Senior Leaving Certificate Examination (including Day School Certificate (Higher) General paper), 1948
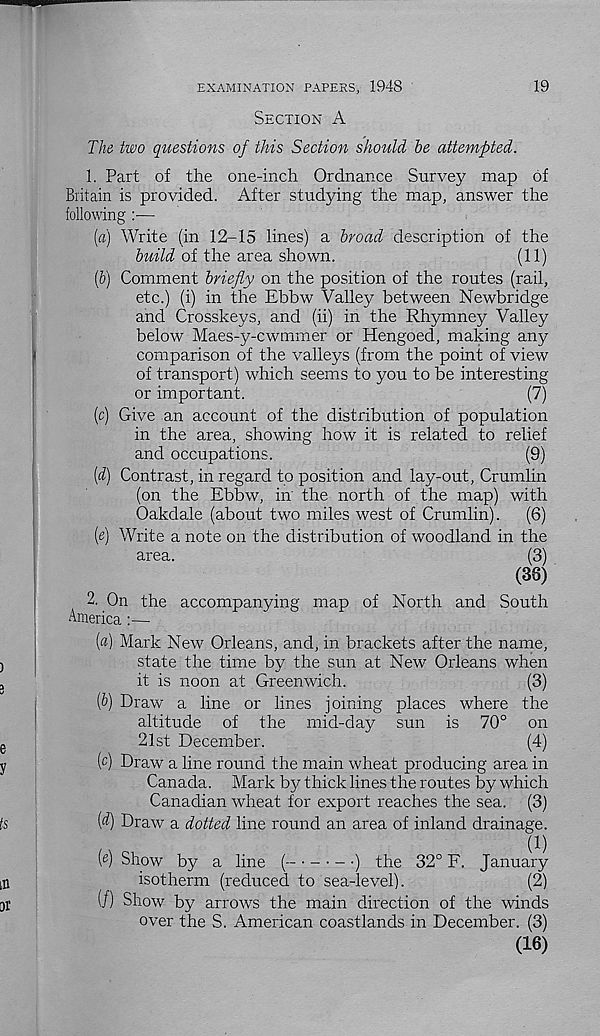
19
EXAMINATION PAPERS, 1948
SECTION A
The two questions of this Section should, he attempted.
1. Part of the one-inch Ordnance Survey map of
Britain is provided. After studying the map, answer the
following :—
(a) Write (in 12-15 lines) a broad description of the
build of the area shown.
(11)
(&) Comment briefly on the position of the routes (rail,
etc.) (i) in the Ebbw Valley between Newbridge
and Crosskeys, and (ii) in the Rhymney Valley
below Maes-y-cwmmer or Hengoed, making any
comparison of the valleys (from the point of view
of transport) which seems to you to be interesting
or important.
(7)
(c) Give an account of the distribution of population
in the area, showing how it is related to relief
and occupations.
(9)
(d) Contrast, in regard to position and lay-out, Crumlin
(on the Ebbw, in the north of the map) with
Oakdale (about two miles west of Crumlin). (6)
(e) Write a note on the distribution of woodland in the
area.
(3)
(38)
2. On the accompanying map of North and South
America:—
(«) Mark New Orleans, and, in brackets after the name,
state the time by the sun at New Orleans when
it is noon at Greenwich.
(3)
fl) Draw a line or lines joining places where the
altitude of the mid-day sun is 70° on
21st December.
(4)
(c) Draw a line round the main wheat producing area in
Canada. Mark by thick lines the routes by which
Canadian wheat for export reaches the sea. (3)
fl) Draw a dotted line round an area of inland drainage.
I 1 )
fl) Show by a line (
- •) the 32° F. January
isotherm (reduced to sea-level).
(2)
(/) Show by arrows the main direction of the winds
over the S. American coastlands in December. (3)
(16)